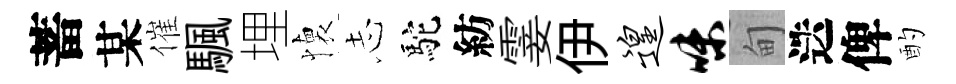
蓄某催颿埋懐𢖽駝紡霎伊遑味甸迭俾酌